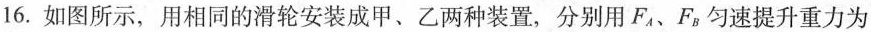
16.如图所示，用相同的滑轮安装成甲、乙两种装置，分别用F_{A}、F_{B}匀速提升重力